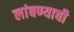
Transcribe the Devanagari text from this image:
लांबण्याची